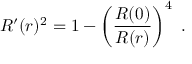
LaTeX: R ^ { \prime } ( r ) ^ { 2 } = 1 - \left( { \frac { R ( 0 ) } { R ( r ) } } \right) ^ { 4 } \ .